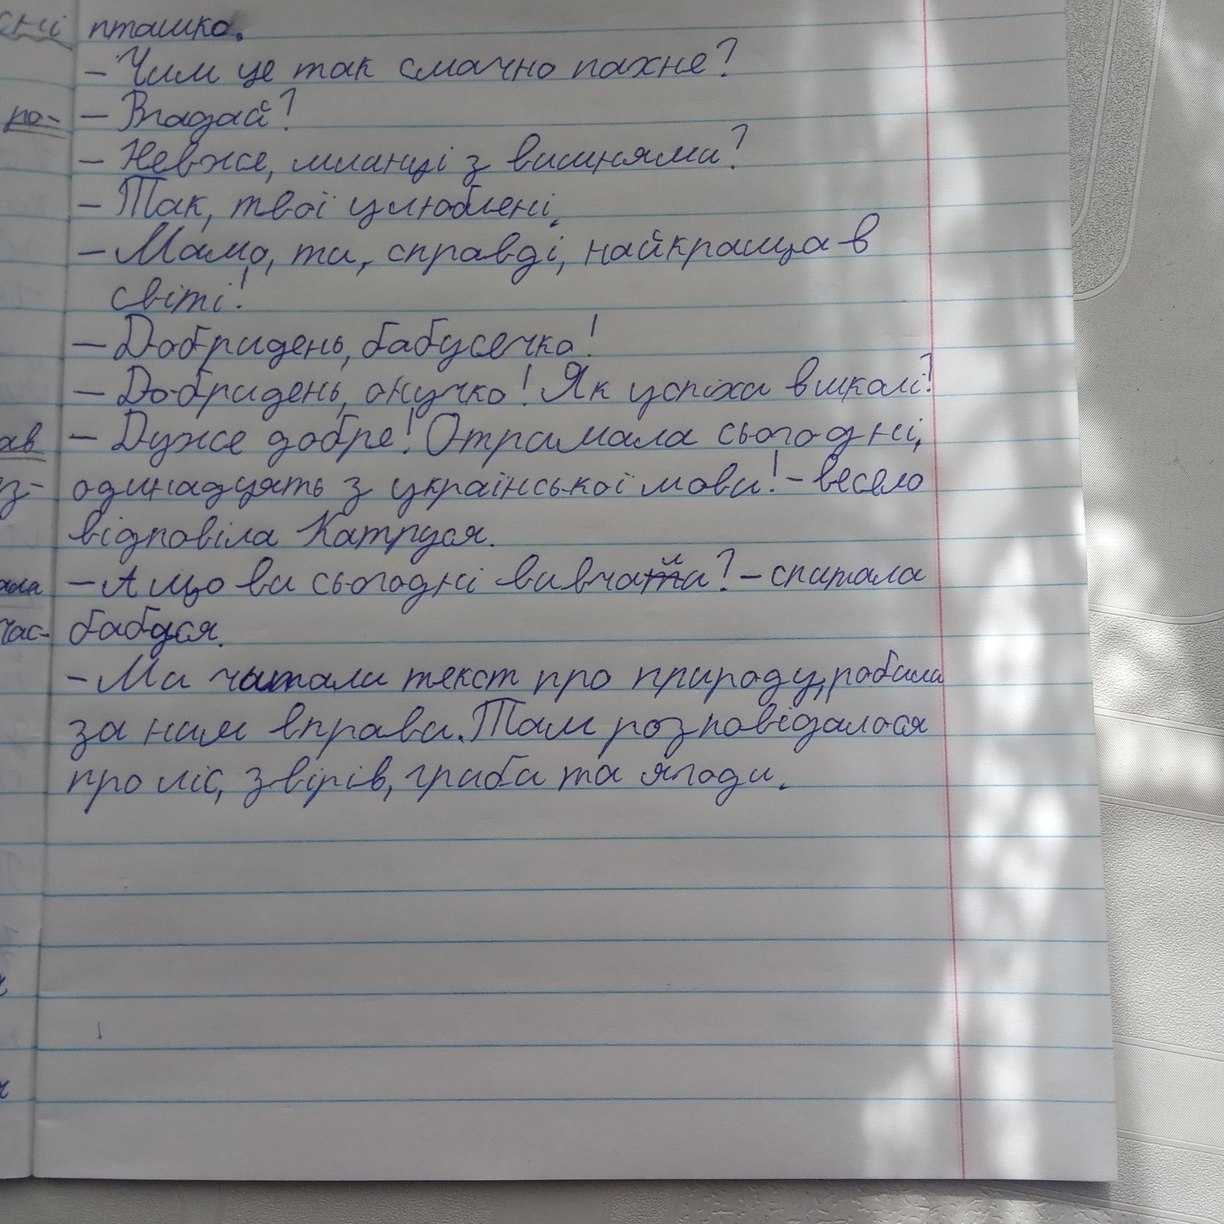
ні
пташка.
- Чим це так смачно пахне?
- Вгадай?
ро-
- Невже, млинці з вишнями?
- Так, твої улюблені.
- Мамо, ти, справді, найкраща в
світі!
- Добридень, бабусечка!
Добридень, онучко! Як успіхи в школі?
- Дуже добре! Отримала сьогодні,
ав
- одинадцять з української мови! - весело
з-
відповіла Катруся.
- А що ви сьогодні вивча~~т~~{л}и? - спитала
ося
бабуся.
час-
- Ми читали текст про природу, робили
за ним вправи. Там розповідалося
про ліс, звірів, гриби та ягоди.